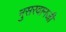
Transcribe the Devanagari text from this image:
नुसरवानजी